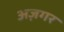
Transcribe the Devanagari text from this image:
अज़गर